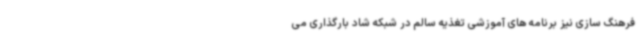
فرهنگ سازی نیز برنامه های آموزشی تغذیه سالم در شبکه شاد بارگذاری می